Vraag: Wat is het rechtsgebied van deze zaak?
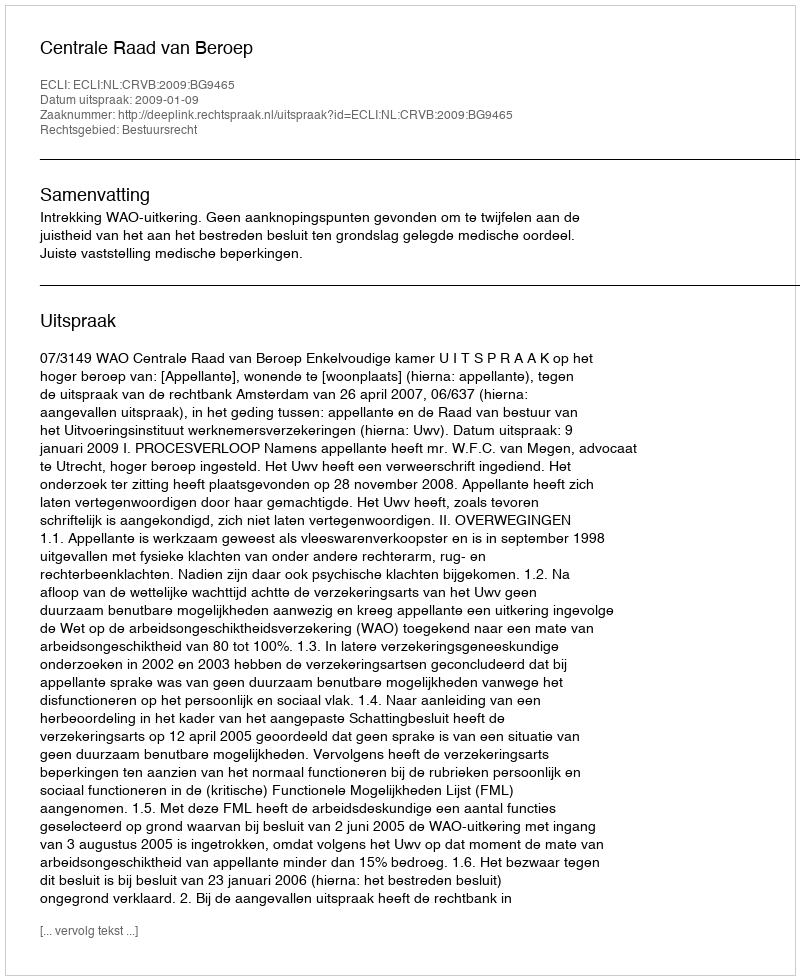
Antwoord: Bestuursrecht